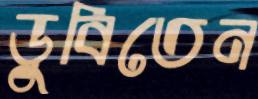
ডুবিতেন